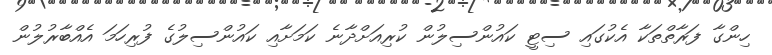
ހިންގާ ފަރާތްތަކާ އެކުގައި ސިޓީ ކައުންސިލުން ކުރިއަށްދާނެ ކަމަށާއި ކައުންސިލުގެ ފުރިހަމަ އެއްބާރުލުން